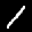
Label: 1